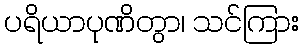
ပရိယာပုဏိတွာ၊ သင်ကြား